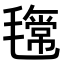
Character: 𣰎